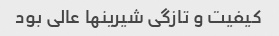
کیفیت و تازگی شیرینها عالی بود